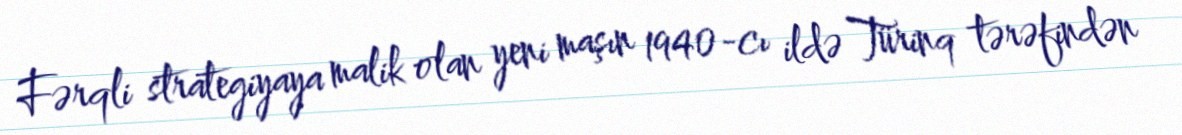
Fərqli strategiyaya malik olan yeni maşın 1940-cı ildə Türinq tərəfindən